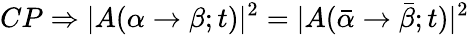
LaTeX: CP\Rightarrow|A(\alpha\rightarrow\beta;t)|^{2}=|A(\bar{\alpha}\rightarrow\bar{\beta};t)|^{2}